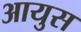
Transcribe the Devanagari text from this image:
आयुस